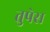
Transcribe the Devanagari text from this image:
तुपेस